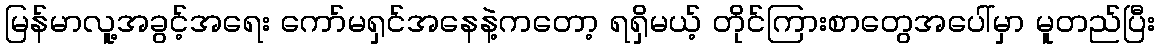
မြန်မာလူ့အခွင့်အရေး ကော်မရှင်အနေနဲ့ကတော့ ရရှိမယ့် တိုင်ကြားစာတွေအပေါ်မှာ မူတည်ပြီး